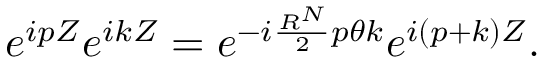
e ^ { i p Z } e ^ { i k Z } = e ^ { - i \frac { R ^ { N } } { 2 } p { \theta } k } e ^ { i ( p + k ) Z } .